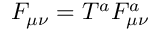
F _ { \mu \nu } = T ^ { a } F _ { \mu \nu } ^ { a }